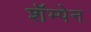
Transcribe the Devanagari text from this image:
शॅम्पेन